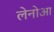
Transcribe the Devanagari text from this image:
लेनोआ